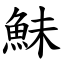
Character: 鮇